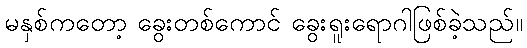
မနှစ်ကတော့ ခွေးတစ်ကောင် ခွေးရူးရောဂါဖြစ်ခဲ့သည်။